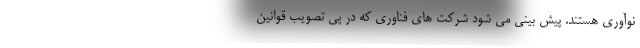
نوآوری هستند. پیش بینی می شود شرکت های فناوری که در پی تصویب قوانین